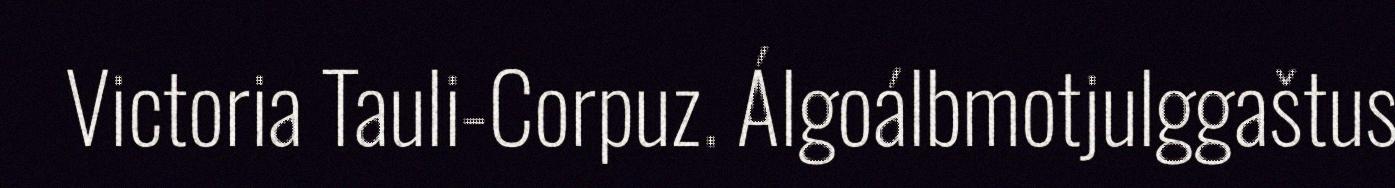
Victoria Tauli-Corpuz. Álgoálbmotjulggaštus